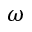
\omega